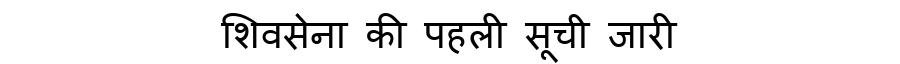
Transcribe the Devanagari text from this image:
शिवसेना की पहली सूची जारी